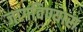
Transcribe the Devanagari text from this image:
जागविण्यास